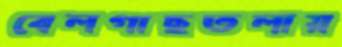
বেলগাছতলায়